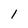
Character: l